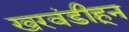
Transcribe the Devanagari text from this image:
खरवंडीहून